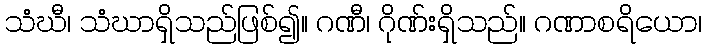
သံဃီ၊ သံဃာရှိသည်ဖြစ်၍။ ဂဏီ၊ ဂိုဏ်းရှိသည်။ ဂဏာစရိယော၊